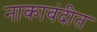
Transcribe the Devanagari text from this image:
नाकाबंदीत